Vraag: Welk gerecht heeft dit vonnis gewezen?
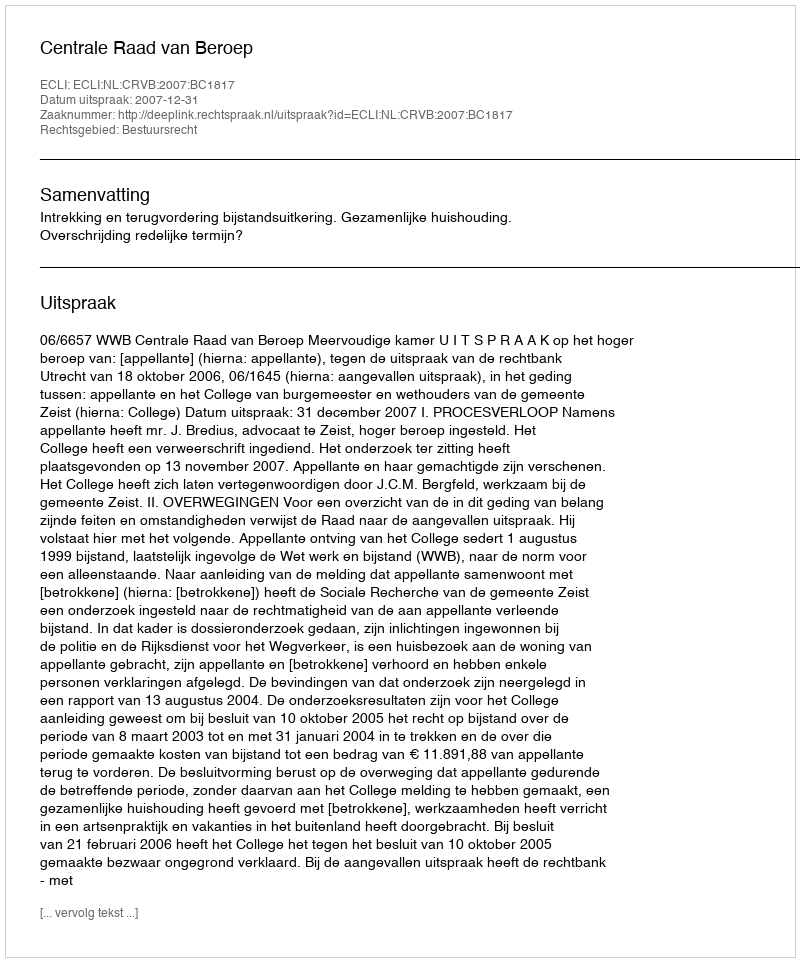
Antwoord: Centrale Raad van Beroep